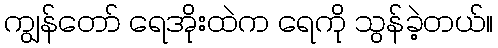
ကျွန်တော် ရေအိုးထဲက ရေကို သွန်ခဲ့တယ်။